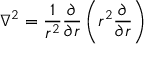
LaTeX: \nabla ^ { 2 } = { \frac { 1 } { r ^ { 2 } } } { \frac { \partial } { \partial r } } \left( r ^ { 2 } { \frac { \partial } { \partial r } } \right)